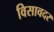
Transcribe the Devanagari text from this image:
विसावदर